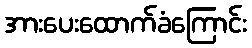
အားပေးထောက်ခံကြောင်း